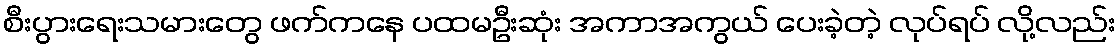
စီးပွားရေးသမားတွေ ဖက်ကနေ ပထမဦးဆုံး အကာအကွယ် ပေးခဲ့တဲ့ လုပ်ရပ် လို့လည်း